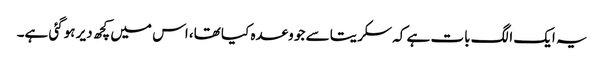
یہ ایک الگ بات ہے کہ سکریتا سے جو وعدہ کیا تھا، اس میں کچھ دیر ہوگئی ہے۔